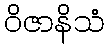
ဝိဇာနိသံ